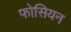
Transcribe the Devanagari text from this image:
फोसियन